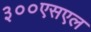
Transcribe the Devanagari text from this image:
३००एसएल